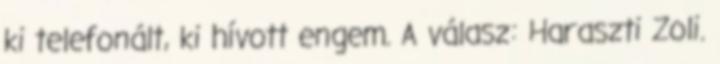
ki telefonált, ki hívott engem. A válasz: Haraszti Zoli.